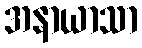
အနာယာသာ